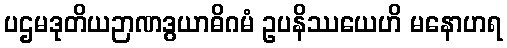
ပဌမဒုတိယဉာဏဒွယာဓိဂမံ ဥပနိဿယေဟိ မနောဟရ